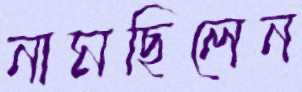
নামছিলেন